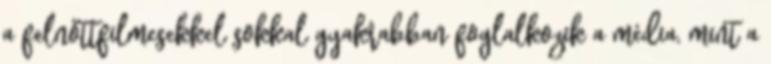
a felnőttfilmesekkel sokkal gyakrabban foglalkozik a média, mint a